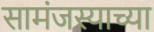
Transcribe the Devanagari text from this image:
सामंजस्याच्या